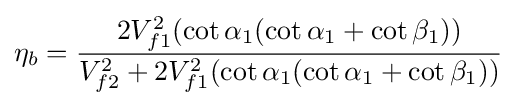
\eta _{b}={\frac {2V_{f1}^{2}(\cot \alpha _{1}(\cot \alpha _{1}+\cot \beta _{1}))}{V_{f2}^{2}+2V_{f1}^{2}(\cot \alpha _{1}(\cot \alpha _{1}+\cot \beta _{1}))}}